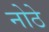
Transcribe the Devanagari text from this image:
नोठे